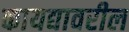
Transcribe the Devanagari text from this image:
कायद्यावरील